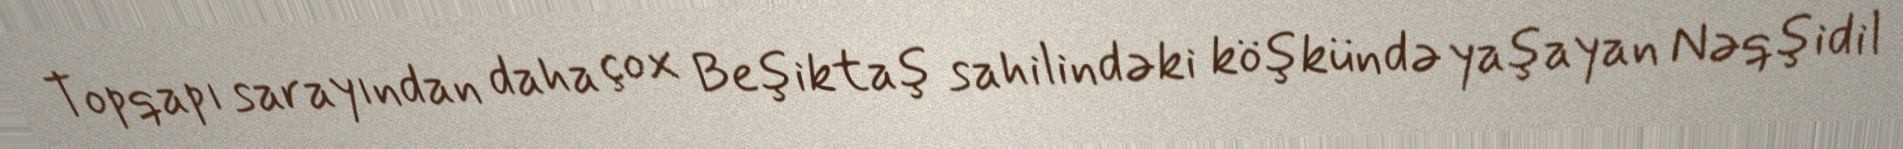
Topqapı sarayından daha çox Beşiktaş sahilindəki köşkündə yaşayan Nəqşidil